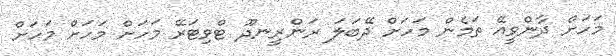
މަހަށް ދާންވީއޭ ތަމެން މަހަށް ދޭބަލަ ރަންރީނދޫ ޓްވިޓަރޭ މަހަށް މަހަށް މަހަށް